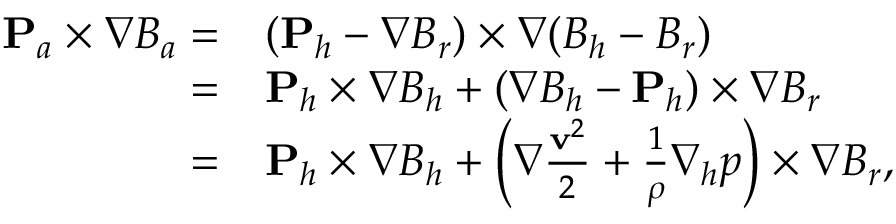
\begin{array} { r l } { { \bf P } _ { a } \times \nabla B _ { a } = } & { ( { \bf P } _ { h } - \nabla B _ { r } ) \times \nabla ( B _ { h } - B _ { r } ) } \\ { = } & { { \bf P } _ { h } \times \nabla B _ { h } + ( \nabla B _ { h } - { \bf P } _ { h } ) \times \nabla B _ { r } } \\ { = } & { { \bf P } _ { h } \times \nabla B _ { h } + \left( \nabla \frac { { \bf v } ^ { 2 } } { 2 } + \frac { 1 } { \rho } \nabla _ { h } p \right) \times \nabla B _ { r } , } \end{array}